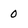
Character: 0